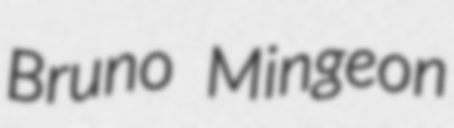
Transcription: Bruno Mingeon